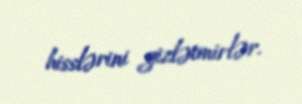
hisslərini gizlətmirlər.